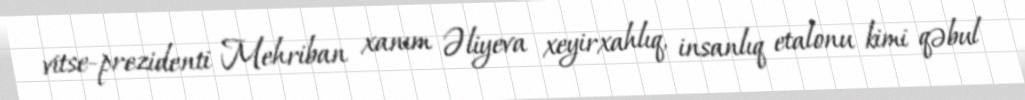
vitse-prezidenti Mehriban xanım Əliyeva xeyirxahlıq, insanlıq etalonu kimi qəbul